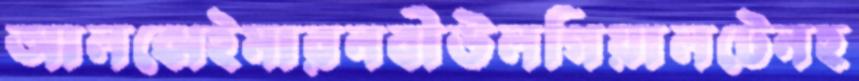
আলঝেইমারনবীউলগিয়ালটেনহ